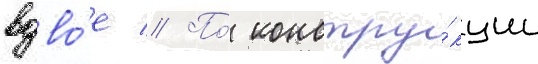
вдво́е // По́ констру́кции